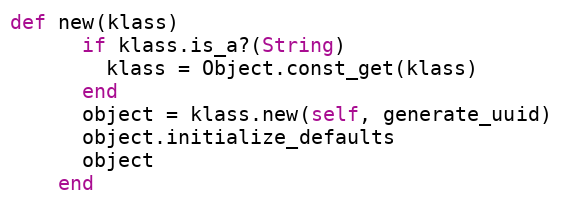
Language: Ruby
def new(klass)
      if klass.is_a?(String)
        klass = Object.const_get(klass)
      end
      object = klass.new(self, generate_uuid)
      object.initialize_defaults
      object
    end